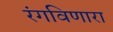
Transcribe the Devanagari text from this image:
रंगविणारा